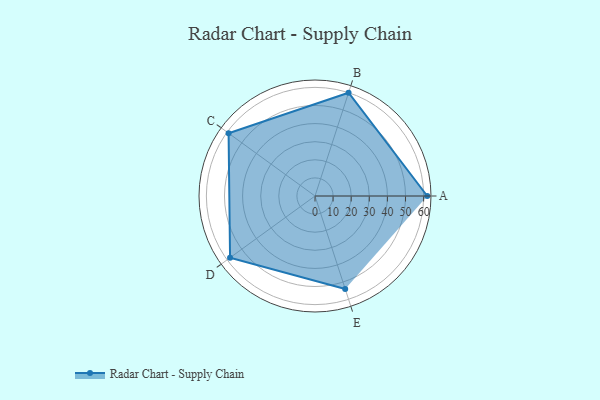
{"axis": {"x": "Skill", "y": "Score"}, "legend": ["Profile"], "data": [{"x": "A", "y": 62.0, "type": "Profile"}, {"x": "B", "y": 60.0, "type": "Profile"}, {"x": "C", "y": 59.0, "type": "Profile"}, {"x": "D", "y": 58.0, "type": "Profile"}, {"x": "E", "y": 54.0, "type": "Profile"}]}